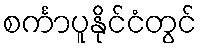
စင်္ကာပူနိုင်ငံတွင်